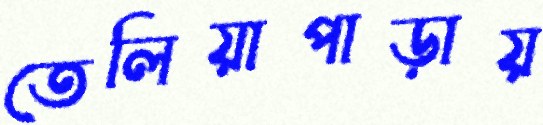
তেলিয়াপাড়ায়